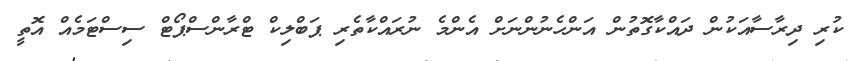
ކުރި ދިރާސާއަކުން ދައްކާގޮތުން އަންހެނުންނަށް އެންމެ ނުރައްކާތެރި ޕަބްލިކް ޓްރާންސްޕޯޓް ސިސްޓަމެއް އޮތީ